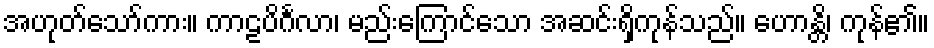
အဟုတ်သော်ကား။ ကာဠပိင်္ဂလာ၊ မည်းကြောင်သော အဆင်းရှိကုန်သည်။ ဟောန္တိ၊ ကုန်၏။